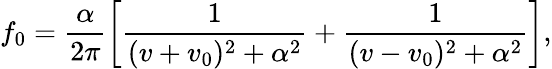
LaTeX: f_{0}=\frac{\alpha}{2\pi}\left[\frac{1}{(v+v_{0})^{2}+\alpha^{2}}+\frac{1}{(v-v_{0})^{2}+\alpha^{2}}\right],